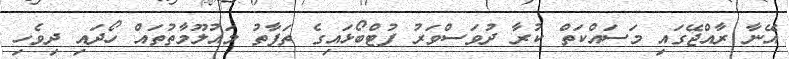
އޭނާ ރާއްޖޭގައި މަސައްކަތް ކުރާ ދުވަސްވަރު ފުޓްބޯޅައިގެ ތަފާތު މައުލޫމާތުތައް ހޯދައި ދިވެހި